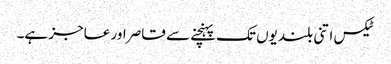
ٹیکس اتنی بلندیوں تک پہنچنے سے قاصر اور عاجز ہے۔